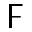
\digamma